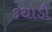
કથોડી